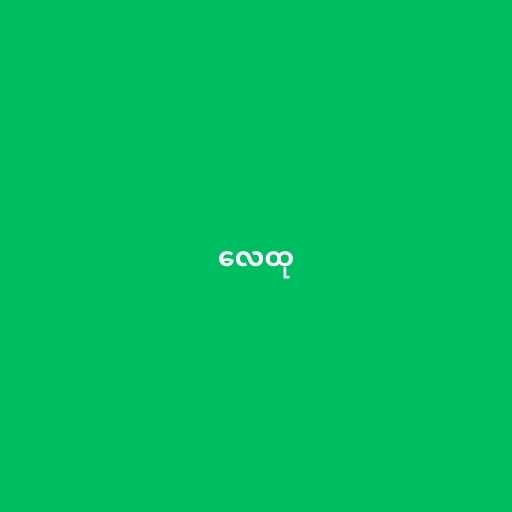
လေထု